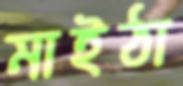
মাইঠা